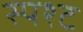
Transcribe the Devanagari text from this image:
स्पश्‍ट